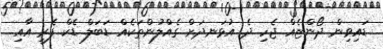
ޑައިވިން ދޯންޏެއް ޖެހި ދެ އުޅަނދަށް ގެއްލުންތަކެއް ޑަބަލް ޑެކް ފެރީ އާއި